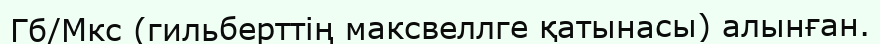
Гб/Мкс (гильберттің максвеллге қатынасы) алынған.